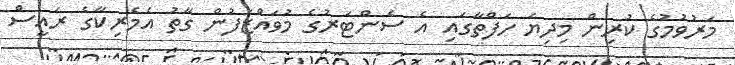
މަރުވުމުގެ ކުރިން މިދިޔަ ހަފްތާގައި އެ ސެންޓަރުގެ މުވައްޒަފުން ގާތު އެމެރިކާގެ ރައީސް